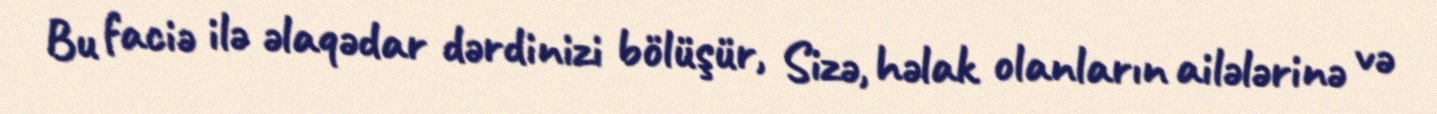
Bu faciə ilə əlaqədar dərdinizi bölüşür, Sizə, həlak olanların ailələrinə və